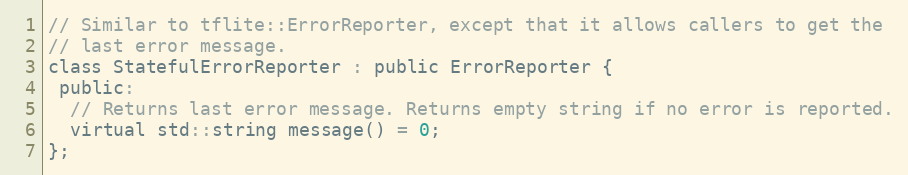
Language: C
// Similar to tflite::ErrorReporter, except that it allows callers to get the
// last error message.
class StatefulErrorReporter : public ErrorReporter {
 public:
  // Returns last error message. Returns empty string if no error is reported.
  virtual std::string message() = 0;
};